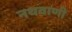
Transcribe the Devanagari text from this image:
नथवाणी